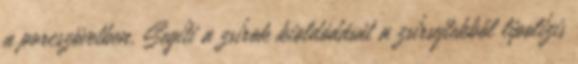
a porcszövetben. Segíti a zsírok kioldódását a zsírsejtekből lipolízis